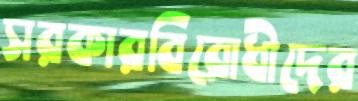
সরকারবিরোধীদের